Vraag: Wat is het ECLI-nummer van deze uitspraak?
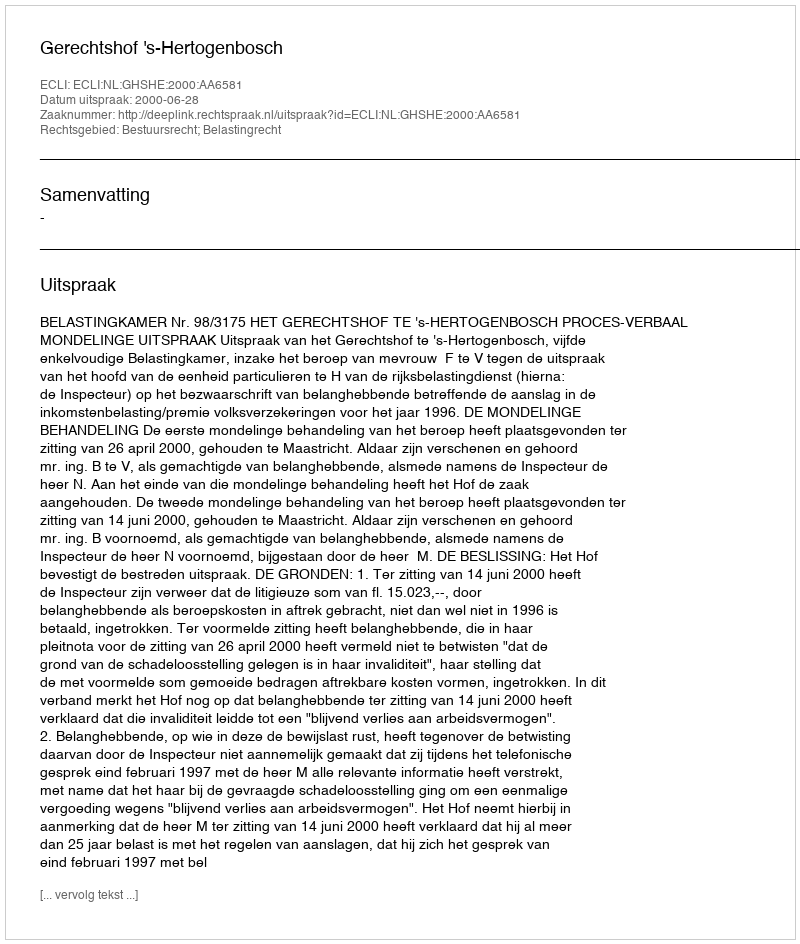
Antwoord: ECLI:NL:GHSHE:2000:AA6581